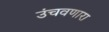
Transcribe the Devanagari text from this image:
उंचवणारा